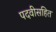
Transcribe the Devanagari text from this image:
पदवीसहित